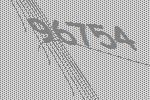
96754